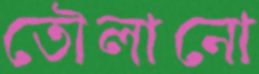
তৌলানো